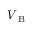
V _ { \mathrm { ~ B ~ } }